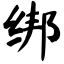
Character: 绑